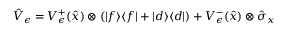
\hat { V } _ { \epsilon } = V _ { \epsilon } ^ { + } ( \hat { x } ) \otimes ( \vert f \rangle \langle f \vert + \vert d \rangle \langle d \vert ) + V _ { \epsilon } ^ { - } ( \hat { x } ) \otimes \hat { \sigma } _ { x }